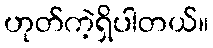
ဟုတ်ကဲ့ရှိပါတယ်။